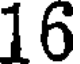
16